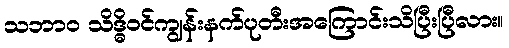
သဘာ၀ သိဒ္ဓိဝင်ကျွန်းနက်ပုတီးအကြောင်းသိပြီးပြီလား။